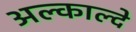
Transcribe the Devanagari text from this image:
अल्काल्दे